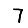
Digit: 7